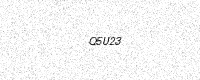
Text: Q5U23